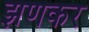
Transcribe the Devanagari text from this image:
झणकर